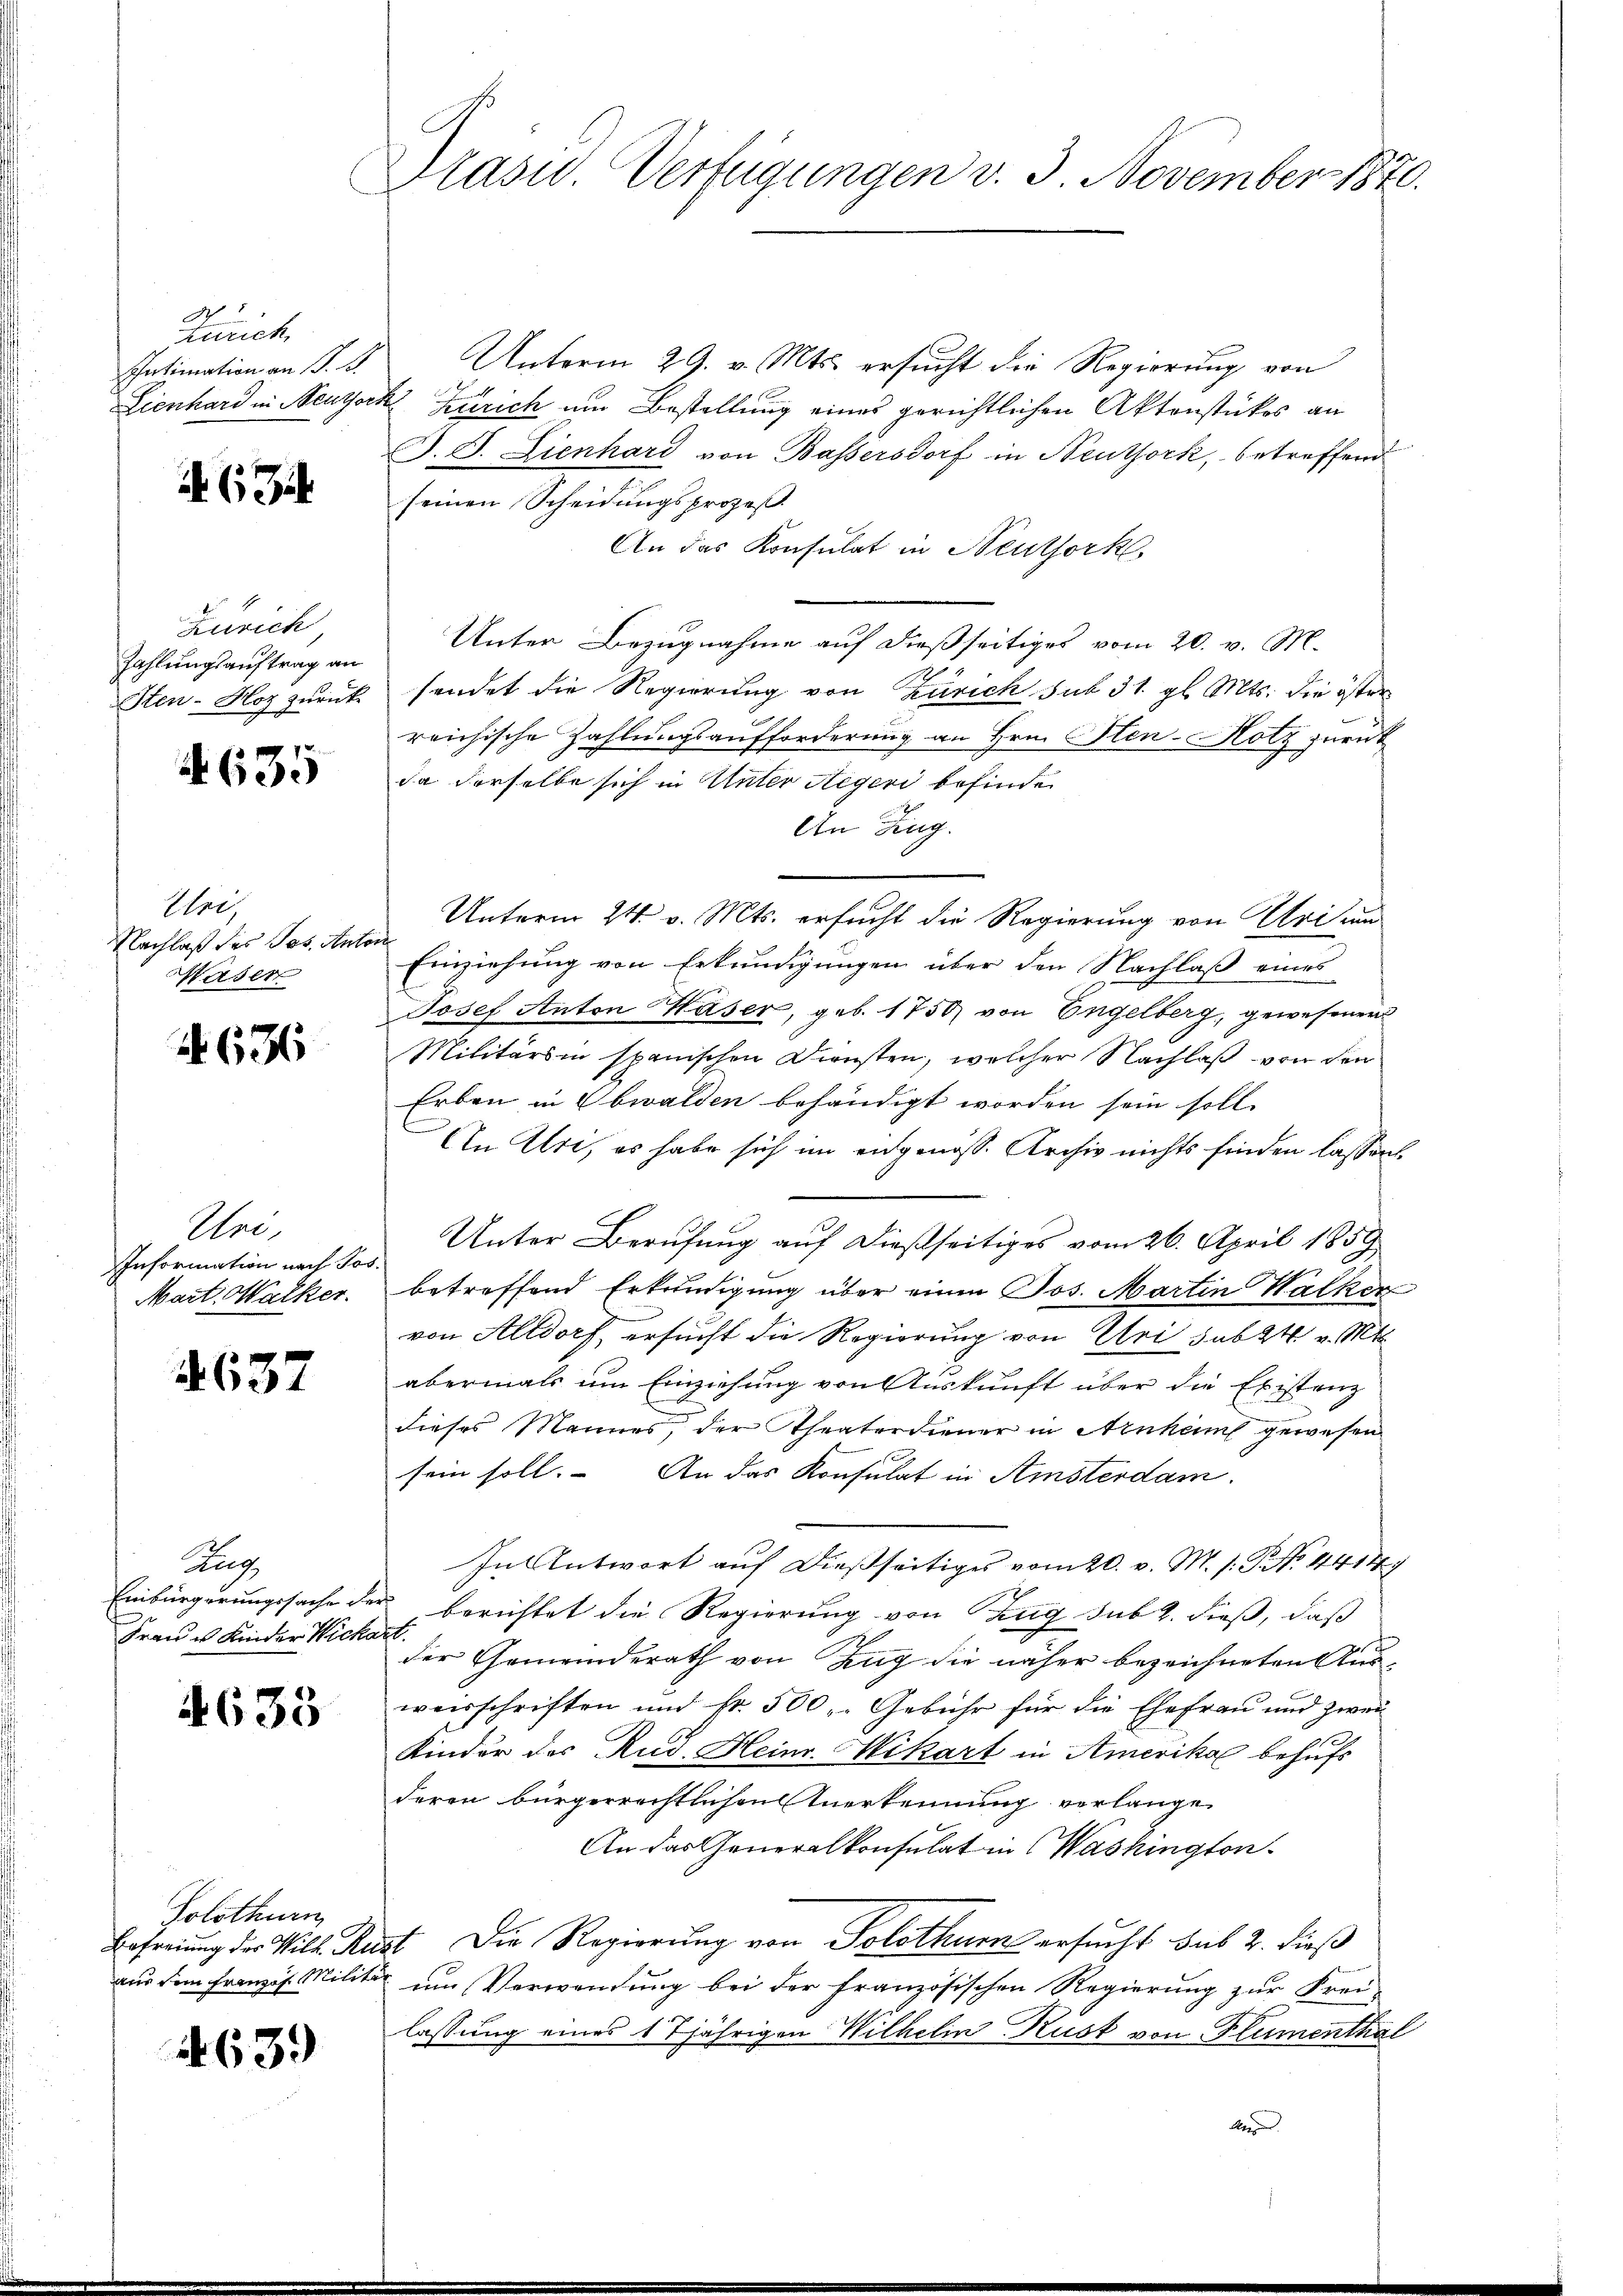
d
Zürich,
Intimation an S. B.
Lienhard in Neuthor.

6

Zürich
Zahlungsauftrag an
Iten-Hoz zurück-

4635

Uri
Nachlaß des Jos. An
Maser

N 636

Uri,
Information nach Pos
Mart. Walker.

637

Kug
Einbürgerungssache der
Frau u. Kinder Micha

4633

Solothurn
Befreiung des Wilh. Ru
aus dem Franzof Milit

4639

Präsid Verfügungen v. 3. November 1876.

Unterm 29. v. Mts. ersucht die Regierung von
 Zürich um Bestellung eines gerichtlichen Aktenstükos an
J. J. Lienhard von Bassersdorf in Neuthork, betreffend
seinen Scheidungsprozeß
An das Konsulat in Neuthork
Unter Bezugnahme auf dießseitiges vom 20. v. M.
sendet die Regierung von Zürich sub 31. gl. Mts. die öster
reichische Zahlungsaufforderung an Hrn. Iten-Hotz zurück
da derselbe sich in Unter Aegeri befinde
An Zing.
Unterm 24. v. Mts. ersucht die Regierung von Uri un
Einziehung von Erkundigungen über den Nachlaß eines
Josef Anton Waser, geb. 1750) von Engelberg, gewesenen
Militärs in spanischen Diensten, welcher Nachlaß von den
Erben in Obwalden behändigt worden sein soll.
An Uri, es habe sich im engenoss. Archiv nichts finden lassen.
Unter Berufung auf dießseitiges vom 26. April 1859
betreffend Erkundigung über einen Jos. Martin Walker
von Altdorf, ersucht die Regierung von Uri sub 24 v. Mts.
abermals um Einziehung von Auskunft über die Existenz
dieses Mannes, der Theaterdiener in Arnken gewesen
sein soll. An das Konsulat in Amsterdam.
In Antwort auf dießseitiges vom 20. v. M. h. T. No. 11414
berichtet die Regierung von Zug sub 2. dieß, daß
.
der Gemeinderath von Zug die näher bezeichneten Aus-
weisschriften und fr. 500, Gebühr für die Ehefrau und zwei
Kinder des Rud. Heinr. Mikart in Amerika behufs
deren bürgerrechtlichen Anerkennung verlangen
An das Generalkonsulat in Washington
st. Die Regierung von Solothurn ersucht sub 2. dieß
um Verwendung bei der französischen Regierung zur Frei-
lassung eines 17jährigen Wilhelin Kust von Flumenthal
Aare